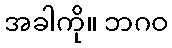
အခါကို။ ဘဂဝ